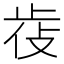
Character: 𣥰